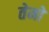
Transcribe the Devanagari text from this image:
तेमो